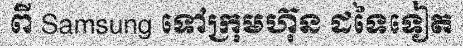
ពី Samsung ទៅក្រុមហ៊ុន ដទៃទៀត